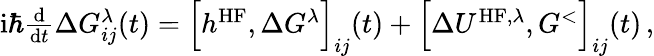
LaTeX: \begin{array}{r}{\mathrm{i}\hbar\frac{\mathrm{d}}{\mathrm{d}t}\Delta G_{ij}^{\lambda}(t)=\Big[h^{\mathrm{HF}},\Delta G^{\lambda}\Big]_{ij}(t)+\Big[\Delta U^{\mathrm{HF},\lambda},G^{<}\Big]_{ij}(t)\, ,}\end{array}